Civil Veterinary Dept. North-West Frontier Province 1933-46 - 1933-1946
Year: 1933
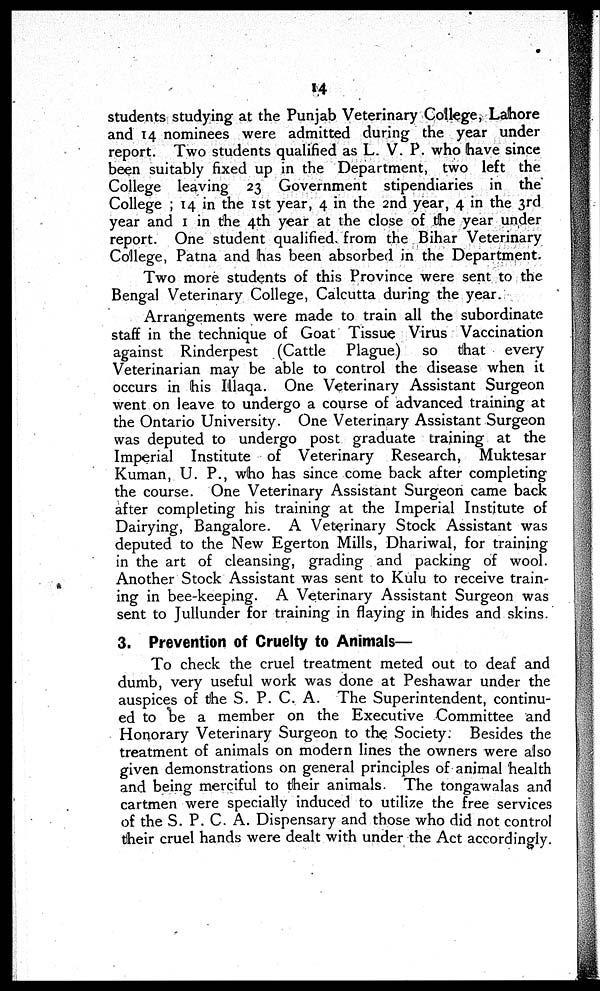
14
students studying at the Punjab Veterinary College, Lahore
and 14 nominees were admitted during the year under
report. Two students qualified as L. V. P. who have since
been suitably fixed up in the Department, two left the
College leaving 23 Government stipendiaries in the
College ; 14 in the 1st year, 4 in the 2nd year, 4 in the 3rd
year and 1 in the 4th year at the close of the year under
report. One student qualified from the Bihar Veterinary
College, Patna and has been absorbed in the Department.
Two more students of this Province were sent to the
Bengal Veterinary College, Calcutta during the year.
Arrangements were made to train all the subordinate
staff in the technique of Goat Tissue Virus Vaccination
against Rinderpest (Cattle Plague) so that every
Veterinarian may be able to control the disease when it
occurs in his Illaqa. One Veterinary Assistant Surgeon
went on leave to undergo a course of advanced training at
the Ontario University. One Veterinary Assistant Surgeon
was deputed to undergo post graduate training at the
Imperial Institute of Veterinary Research, Muktesar
Kuman, U. P., who has since come back after completing
the course. One Veterinary Assistant Surgeon came back
after completing his training at the Imperial Institute of
Dairying, Bangalore. A Veterinary Stock Assistant was
deputed to the New Egerton Mills, Dhariwal, for training
in the art of cleansing, grading and packing of wool.
Another Stock Assistant was sent to Kulu to receive train
ing in bee-keeping. A Veterinary Assistant Surgeon was
sent to Jullunder for training in flaying in hides and skins.
3. Prevention of Cruelty to Animals—
To check the cruel treatment meted out to deaf and
dumb, very useful work was done at Peshawar under the
auspices of the S. P. C. A. The Superintendent, continu-
ed to be a member on the Executive Committee and
Honorary Veterinary Surgeon to the Society. Besides the
treatment of animals on modern lines the owners were also
given demonstrations on general principles of animal health
and being merciful to their animals. The tongawalas and
cartmen were specially induced to utilize the free services
of the S. P. C. A. Dispensary and those who did not control
their cruel hands were dealt with under the Act accordingly.